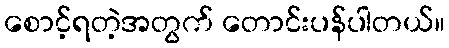
စောင့်ရတဲ့အတွက် တောင်းပန်ပါတယ်။